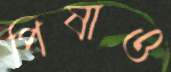
পিষাও